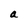
Character: a